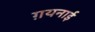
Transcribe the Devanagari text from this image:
ग़यनाई